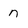
Character: n